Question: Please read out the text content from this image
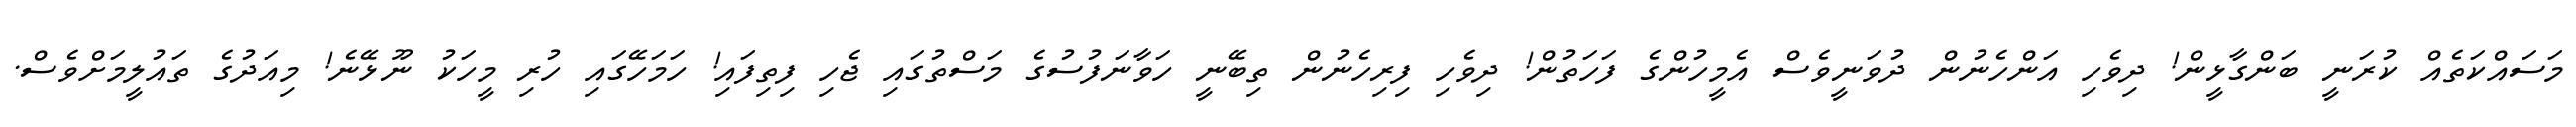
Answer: މަސައްކަތެއް ކުރަނީ ބަންގާޅީން! ދިވެހި އަންހެނުން ދުވަނީވެސް އެމީހުންގެ ފަހަތުން! ދިވެހި ފިރިހެނުން ތިބޭނީ ހަވާނަފުސުގެ މަސްތުގައި ޖެހި ފިތިފައި! ހަމަހޭގައި ހުރި މީހަކު ނޫޅޭނެ! މިއަދުގެ ތައުލީމަށްވެސް.